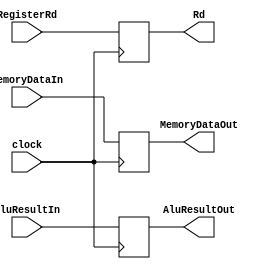
`timescale 1ns / 1ps

module MEM_WB(
    input clock,
    input [63:0] MemoryDataIn,
    input [63:0] AluResultIn,
    input [4:0] RegisterRd,
    output reg [63:0] MemoryDataOut,
    output reg [63:0] AluResultOut,
    output reg [4:0] Rd
);

initial
begin
    MemoryDataOut <= 0;
    AluResultOut <= 0;
    Rd <= 0;
end

always @(posedge clock)
begin
    MemoryDataOut = MemoryDataIn;
    AluResultOut = AluResultIn;
    Rd = RegisterRd;
end

endmodule


module MEM_WB_control(
    input clock,
    input i_MemtoReg,
    input i_RegWrite,
    input i_MemRead,
    output reg o_MemtoReg,
    output reg o_RegWrite,
    output reg o_MemRead
);

initial
begin
    o_MemtoReg <= 0;
    o_RegWrite <= 0;
    o_MemRead <= 0;
end

always @(posedge clock)
begin
    o_MemtoReg <= i_MemtoReg;
    o_RegWrite <= i_RegWrite;
    o_MemRead <= i_MemRead;
    
    // $display("MEM_WB_RegWrite: 0x%H", o_RegWrite);
    // $display("MEM_WB_MemRead: 0x%H", o_MemRead);
end

endmodule